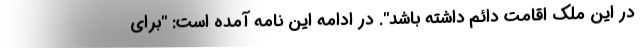
در این ملک اقامت دائم داشته باشد". در ادامه این نامه آمده است: "برای